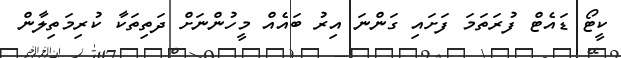
ކީޓޯ ޑައެޓް ފުރަތަމަ ފަށައި ގަންނަ އިރު ބައެއް މީހުންނަށް ދަތިތަކާ ކުރިމަތިލާން